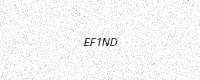
Text: EF1ND